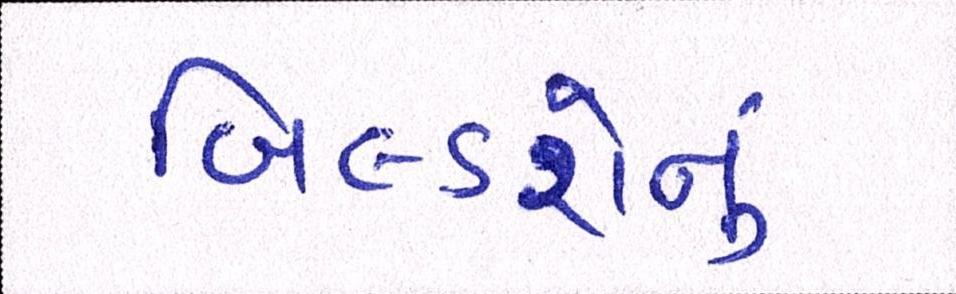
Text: બિલ્ડરોનું